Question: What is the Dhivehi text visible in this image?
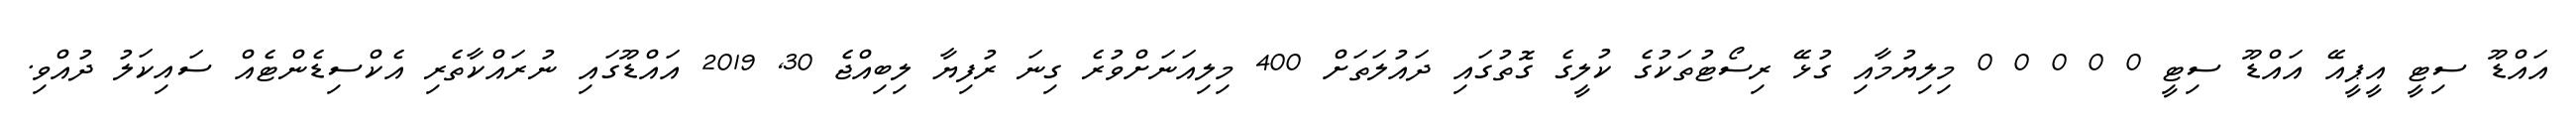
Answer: އައްޑޫ ސިޓީ އީޕީއޭ އައްޑޫ ސިޓީ 0 0 0 0 0 މިލިޔުމާއި ގުޅޭ ރިސޯޓުތަކުގެ ކުލީގެ ގޮތުގައި ދައުލަތަށް 400 މިލިއަނަށްވުރެ ގިނަ ރުފިޔާ ލިބިއްޖެ 30, 2019 އައްޑޫގައި ނުރައްކާތެރި އެކްސިޑެންޓެއް ސައިކަލު ދުއްވި.